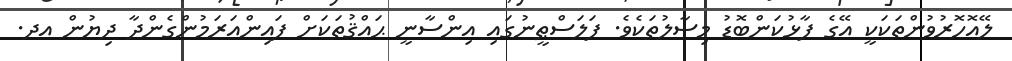
ލޭއޮހޮރުވުންތަކަކީ އޭގެ ފާޅުކަންބޮޑު މިސާލުތަކެވެ. ފަލަސްޠީނުގައި އިންސާނީ ޙައްޤުތަކަށް ފައިންއަރަމުންގެންދާ ދިޔުން އދ.